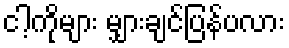
ငါ့ကိုများ မျှားချင်ပြန်ပလား